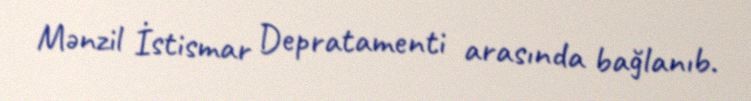
Mənzil İstismar Depratamenti arasında bağlanıb.